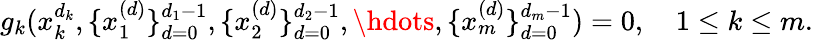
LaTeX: g_{k}(x_{k}^{d_{k}},\{ x_{1}^{(d)}\} _{d=0}^{d_{1}-1},\{ x_{2}^{(d)}\} _{d=0}^{d_{2}-1},\hdots,\{ x_{m}^{(d)}\} _{d=0}^{d_{m}-1})=0,\quad 1\leq k\leq m.